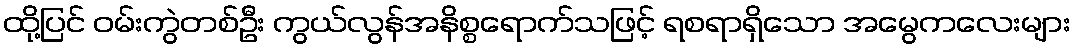
ထို့ပြင် ဝမ်းကွဲတစ်ဦး ကွယ်လွန်အနိစ္စရောက်သဖြင့် ရစရာရှိသော အမွေကလေးများ